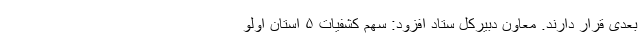
بعدی قرار دارند. معاون دبیرکل ستاد افزود: سهم کشفیات ۵ استان اولو